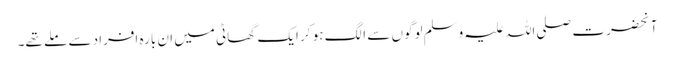
آنحضرت صلی اللہ علیہ وسلم لوگوں سے الگ ہو کر ایک گھاٹی میں ان بارہ افراد سے ملے تھے۔